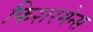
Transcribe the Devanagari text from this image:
फिशरमेन्स